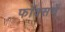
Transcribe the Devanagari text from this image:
फॉक्सचें